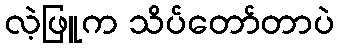
လဲ့ဖြူက သိပ်တော်တာပဲ